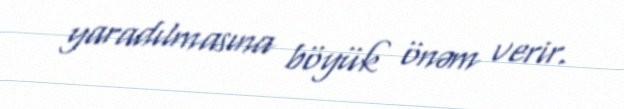
yaradılmasına böyük önəm verir.